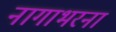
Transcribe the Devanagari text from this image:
नागाभरना